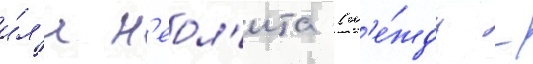
и́л'и н'еол'ита (м'е́жду -